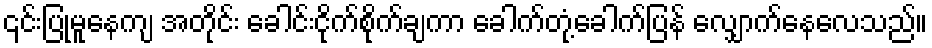
၎င်းပြုမူနေကျ အတိုင်း ခေါင်းငိုက်စိုက်ချကာ ခေါက်တုံ့ခေါက်ပြန် လျှောက်နေလေသည်။